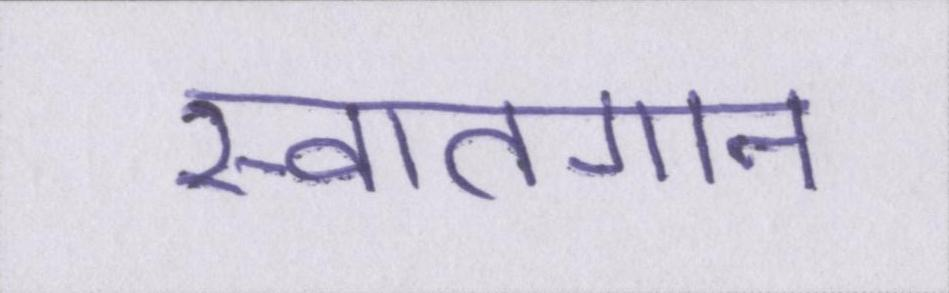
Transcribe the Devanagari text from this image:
स्वातगान